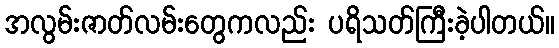
အလွမ်းဇာတ်လမ်းတွေကလည်း ပရိသတ်ကြီးခဲ့ပါတယ်။